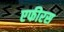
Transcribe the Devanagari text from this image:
एफीरस